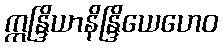
ဣန္ဒြိယာနိန္ဒြိယေဟေဝ